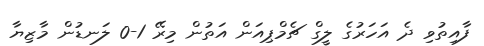
ފާއިތުވި ދެ އަހަރުގެ ލީގް ޗެމްޕިއަން އަތުން މިރޭ 1-0 ލަނޑުން މާޒިޔާ